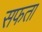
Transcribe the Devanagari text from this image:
सफता